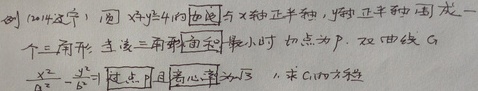
例1（2014辽宁）已知圆\(x^{2}+y^{2}=4\)，其切线与\(x\)轴正半轴、\(y\)轴正半轴围成一个三角形。当该三角形面积最小时，切点为\(P\)。双曲线\(C:\frac{x^{2}}{a^{2}}-\frac{y^{2}}{b^{2}} = 1\)过点\(P\)且离心率为\(\sqrt{3}\)，求\(C\)的方程。